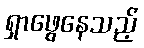
ရှာဖွေနေသည့်